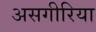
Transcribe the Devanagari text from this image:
असगीरिया